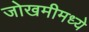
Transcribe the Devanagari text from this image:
जोखमीमध्ये